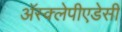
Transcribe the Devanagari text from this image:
अॅस्क्लेपीएडेसी